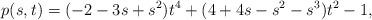
LaTeX: \begin{align*}p(s,t)=(-2-3s+s^2)t^4 + (4+4s-s^2-s^3)t^2-1,\end{align*}